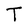
Character: T